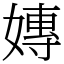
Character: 嫥